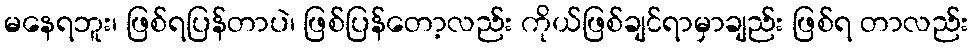
မနေရဘူး၊ ဖြစ်ရပြန်တာပဲ၊ ဖြစ်ပြန်တော့လည်း ကိုယ်ဖြစ်ချင်ရာမှာချည်း ဖြစ်ရ တာလည်း